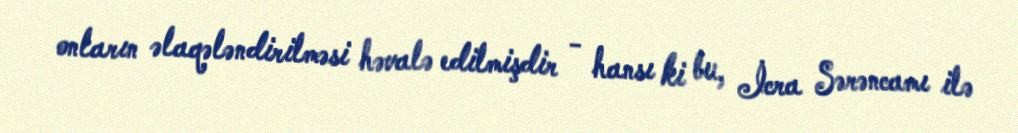
onların əlaqələndirilməsi həvalə edilmişdir - hansı ki bu, İcra Sərəncamı ilə